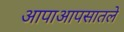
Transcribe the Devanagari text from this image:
आपाआपसातले